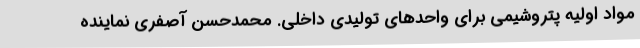
مواد اولیه پتروشیمی برای واحدهای تولیدی داخلی. محمدحسن آصفری نماینده